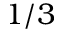
1 / 3